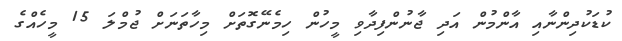
ކުޑަކުދިންނާއި އާންމުން އަދި ޖާނުންފިދާވި މީހުން ހިމެނޭގޮތަށް މިހާތަނަށް ޖުމްލަ 15 މީހެއްގެ